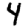
Digit: 4